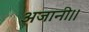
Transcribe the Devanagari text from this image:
अजानी।।